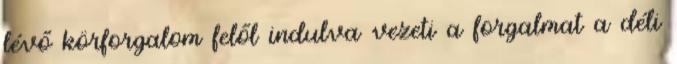
lévő körforgalom felől indulva vezeti a forgalmat a déli